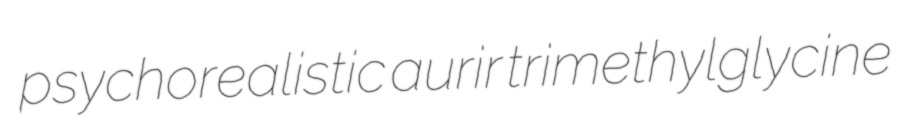
psychorealistic aurir trimethylglycine